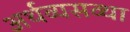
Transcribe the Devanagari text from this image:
अर्थव्यसव्था